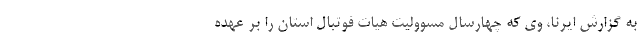
به گزارش ایرنا، وی که چهارسال مسوولیت هیات فوتبال استان را بر عهده